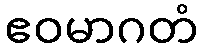
ဧဝမာဂတံ